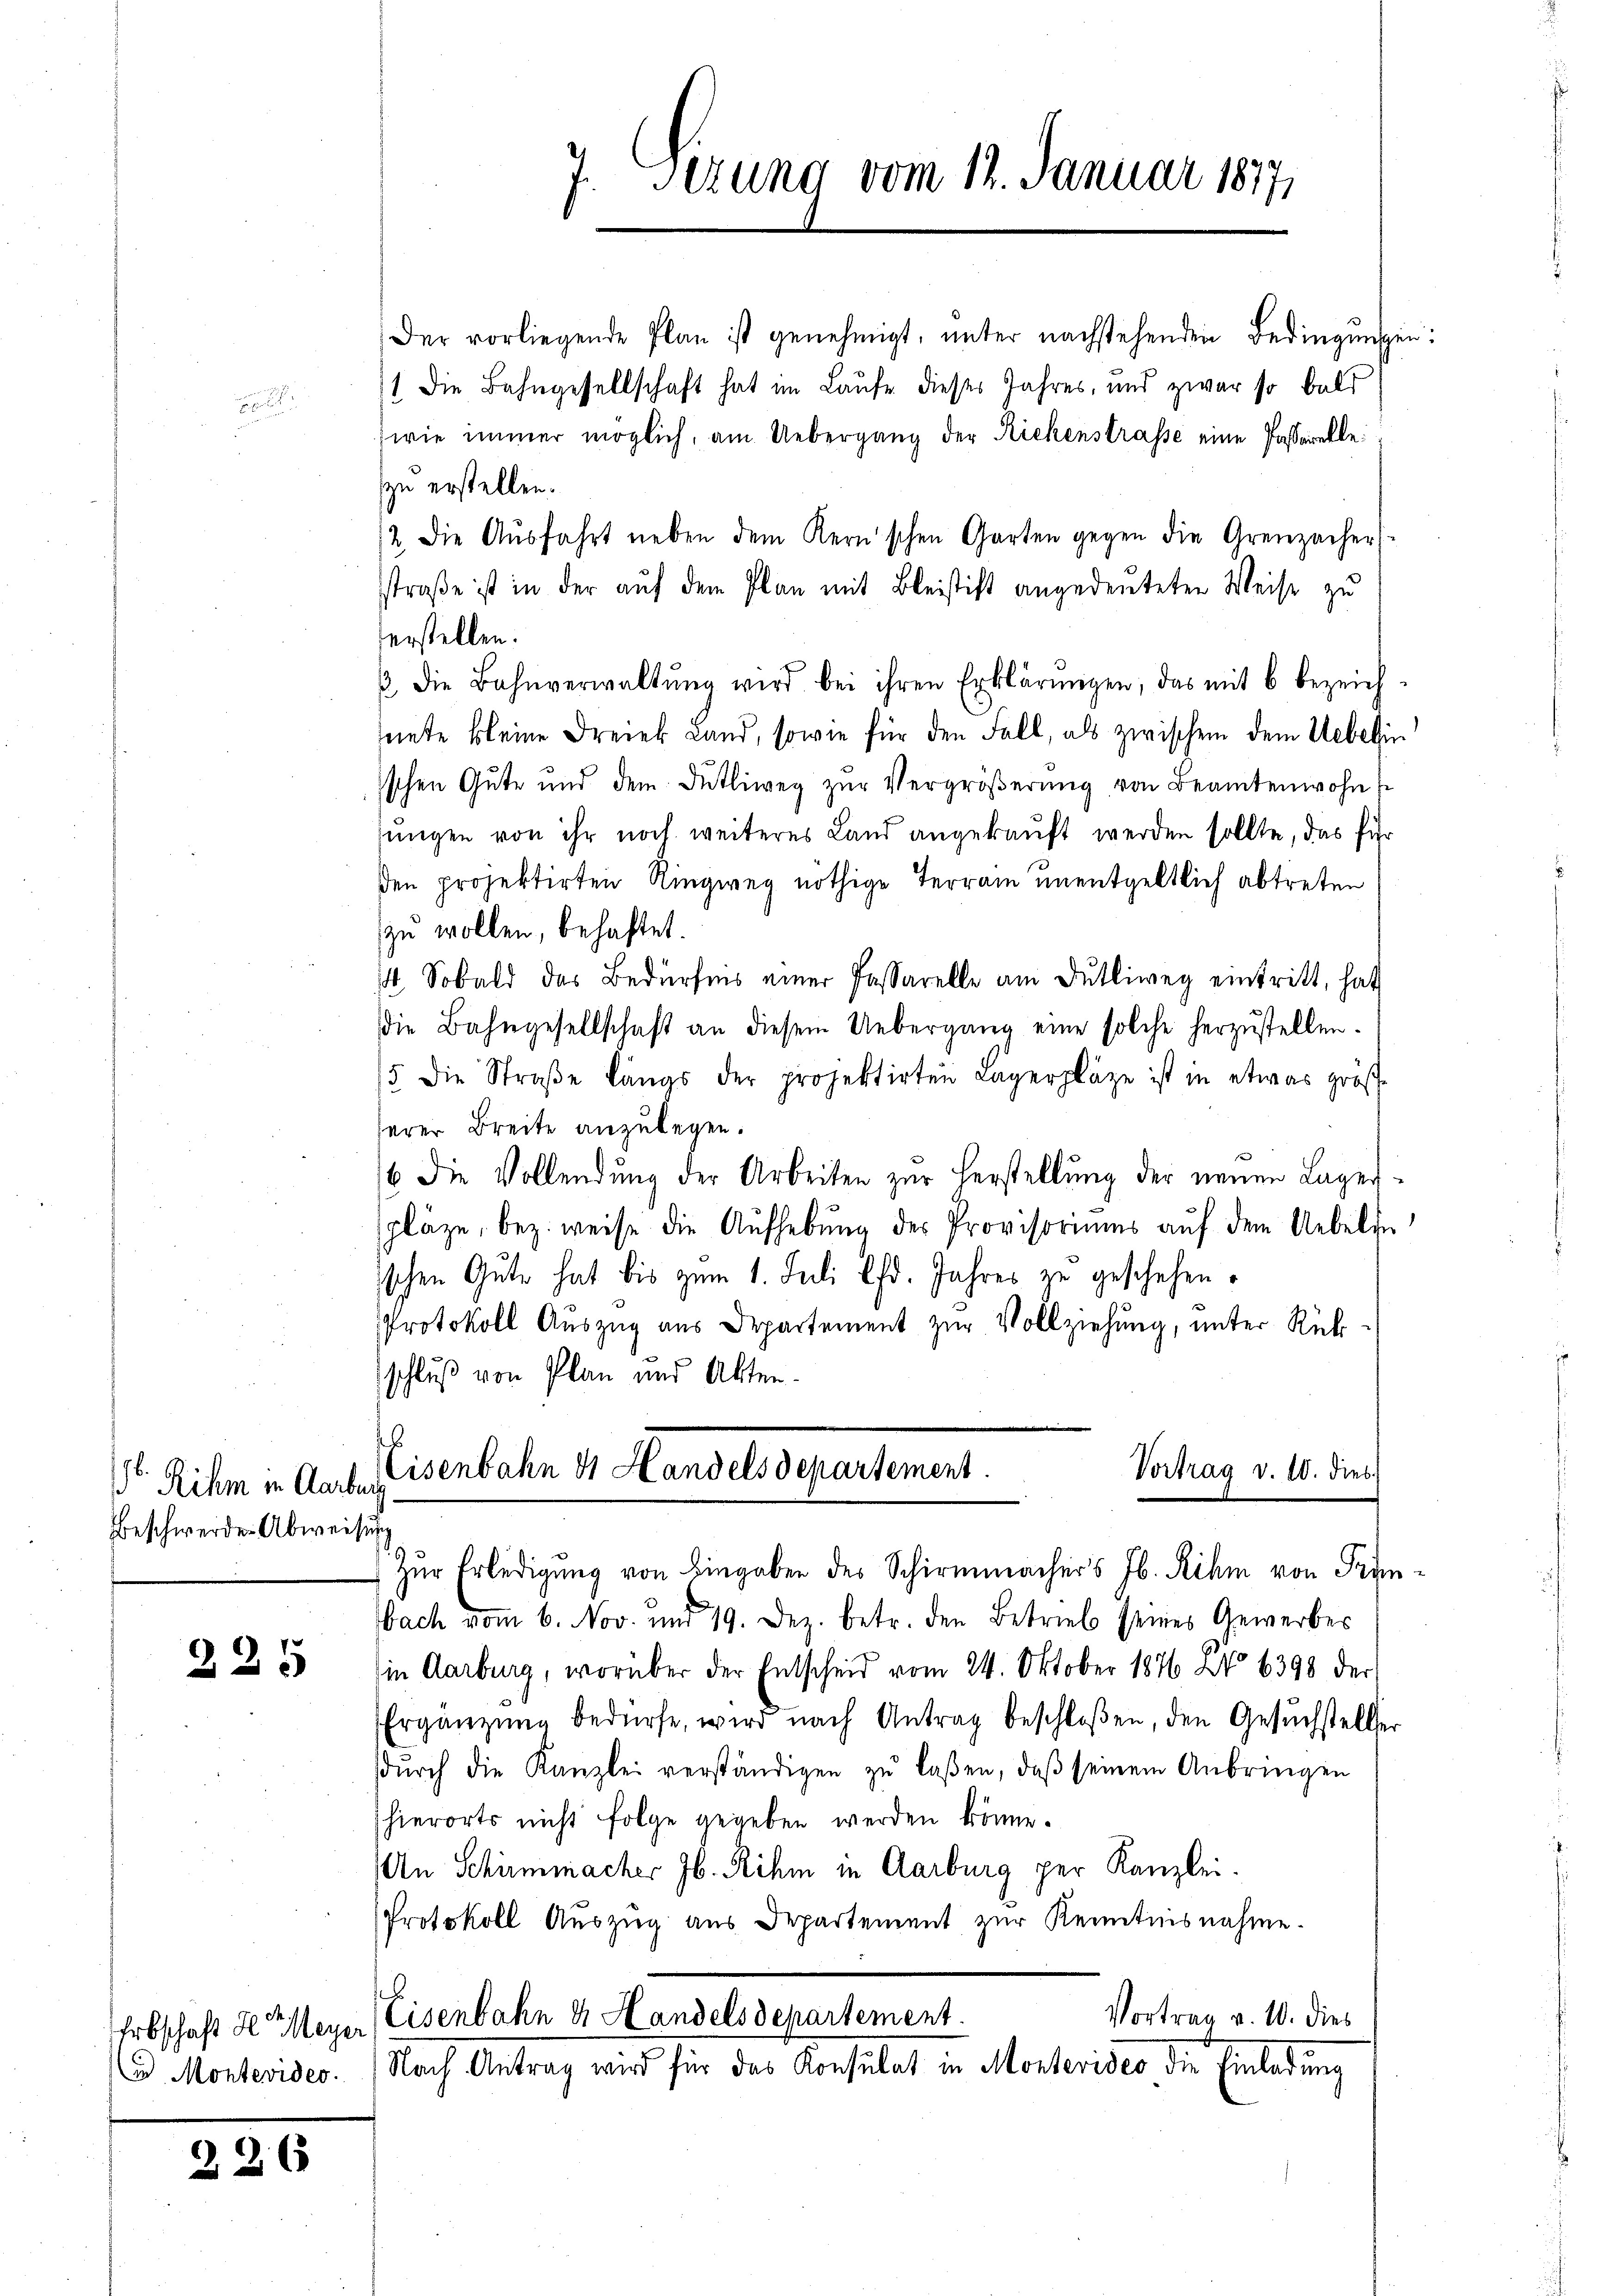
. Rihm in Aarburg
Beschwerden Abweisung

235

Der vorliegende Plan ist genehmigt, unter nachstehenden Bedingungen:
1 die Bahngesellschaft hat im Laufe dieses Jahres, und zwar so bald
wie immer möglich, am Uebergang der Rickenstrasse eine Passarelle:
zu erstellen.
12. Die Aŭsfahrt neben dem Kernischen Garten gegen die Grenzecher
sstraße ist in der auf dem Plan mit Bleistift angedeuteten Weise zu
erstellen.
/. die Bahnverwaltŭng wird bei ihren Erklärungen, das mit 6 bezeich-
sente kleine Freiek Land, sowie für den Fall, als zwischen dem Uebelin
ischen Gute und dem Dütliweg zŭr Vergrößerung von Beamtenwohn E
sungen von ihr noch weiteres Land angekauft werden sollte, das für
den projektirten Ringweg nöthige Terrain unentgeltlich abtreten
zu wollen, behaftet.
44. Sobald das Bedürfnis einer Passarelle am Dŭtliweg eintritt, hat
die Bahngesellschaft an diesem Uebergang eine solche herzustellen.
5. die Straβe längs der projektirten Lagerpläge ist in etwas größ-
serer Breite anzulegen.
6 die Vollendung der Arbeiten zur Herstellung der neuen Lager-
pläze, bez. weise die Aufhebung des Provisoriums auf dem Uebelie
ischen Gute hat bis zum 1. Juli lfd. Jahres zu geschehen.
Protokoll Auszug aus Departement zur Vollziehung, unter Rück
schluß von Plan und Akten.

i Montevides.

226

7. Sizung vom 12. Januar 1877

Zŭr Erledigŭng von Eingaben des Schirmmachers Jb. Rihm von Franbach vom 6. Nov. und 19. Dez. betr. den Betrieb seines Gewerbes
in Aarburg, worüber der Entscheid vom 24. Oktober 1876 No 6398 der
Ergänzŭng bedürfe, wird nach Antrag beschloßen, den Gesŭchsteller
dŭrch die Kanzlei verständigen zŭ lassen, daβ seinem Anbringen
hierorts nicht folge gegeben werden könne.
An Schirmmacher Jb. Rihm in Aarburg per Kanzlei.
Protokoll Auszug aus Departement zur Kenntnisnahme.
Vortrag v. 10. dies
Erbschaft der Meyer Eisenbahn & Handels departement.
Nach Antrag wird für das Konsulat in Montevideo die Einladung

Eisenbahn ds Handels departement.
Vortrag v. 10. dies